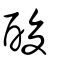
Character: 酸